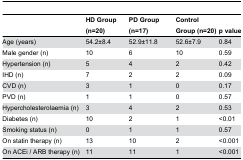
|  | HD Group (n=20) | PD Group (n=17) | Control Group (n=20) | p value |
 | --- | --- | --- | --- | --- |
 | Age (years) | 54.2±8.4 | 52.9±11.8 | 52.6±7.9 | 0.84 |
 | Male gender (n) | 10 | 6 | 10 | 0.59 |
 | Hypertension (n) | 5 | 4 | 2 | 0.42 |
 | IHD (n) | 7 | 2 | 2 | 0.09 |
 | CVD (n) | 3 | 1 | 0 | 0.17 |
 | PVD (n) | 1 | 1 | 0 | 0.57 |
 | Hypercholesterolaemia (n) | 3 | 4 | 2 | 0.53 |
 | Diabetes (n) | 10 | 2 | 1 | <0.01 |
 | Smoking status (n) | 0 | 1 | 1 | 0.57 |
 | On statin therapy (n) | 13 | 10 | 2 | <0.001 |
 | On ACEi / ARB therapy (n) | 11 | 11 | 1 | <0.001 |